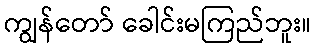
ကျွန်တော် ခေါင်းမကြည်ဘူး။